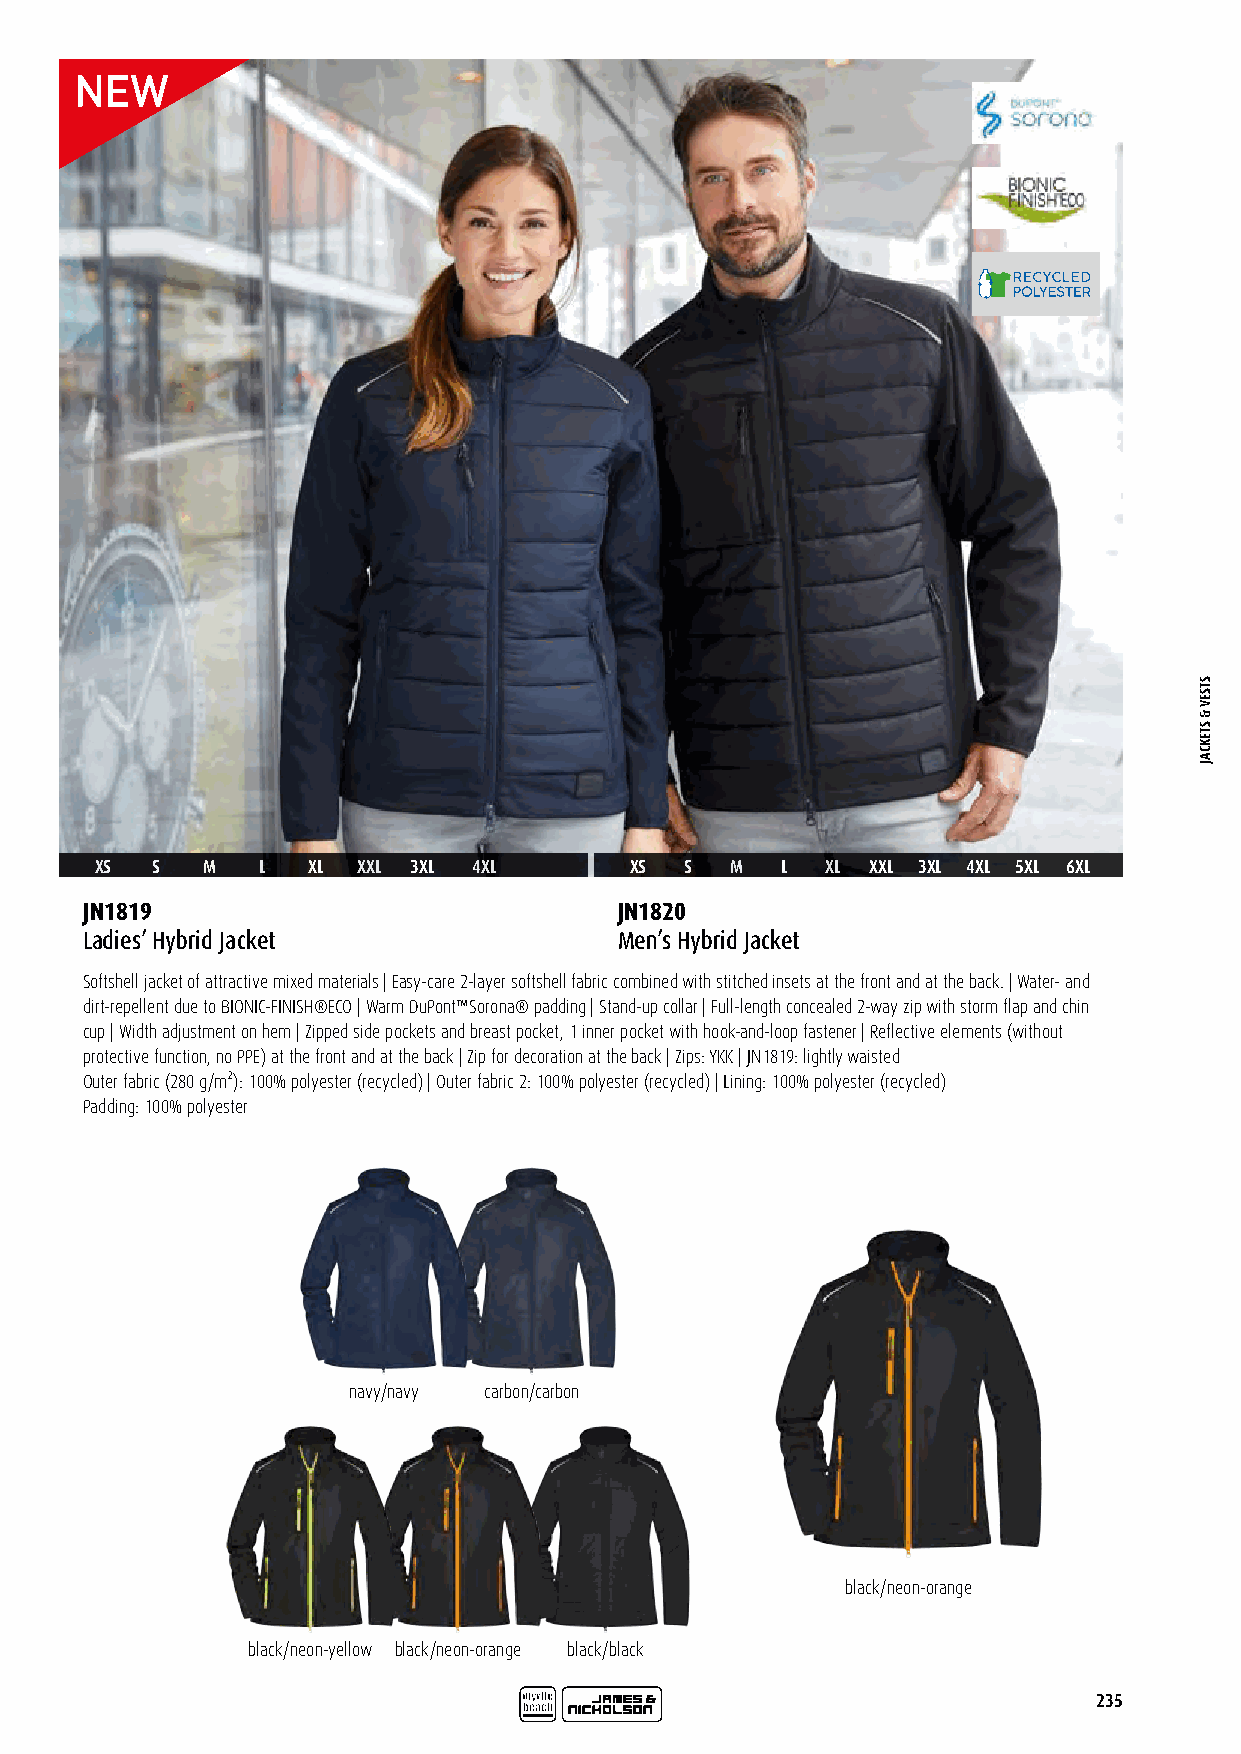
XS  S  M   L  XL  XXL 3XL 4XL       XS S  M   L  XL XXL 3XL 4XL 5XL 6XL
 JN1819                              JN1820
 Ladies’ Hybrid Jacket               Men’s Hybrid Jacket
 Softshell jacket of attractive mixed materials | Easy-care 2-layer softshell fabric combined with stitched insets at the front and at the back. | Water- and
 dirt-repellent due to BIONIC-FINISH®ECO | Warm DuPont™Sorona® padding | Stand-up collar | Full-length concealed 2-way zip with storm flap and chin
 cup | Width adjustment on hem | Zipped side pockets and breast pocket, 1 inner pocket with hook-and-loop fastener | Reflective elements (without
 protective function, no PPE) at the front and at the back | Zip for decoration at the back | Zips: YKK | JN1819: lightly waisted
 Outer fabric (280 g/m²): 100% polyester (recycled) | Outer fabric 2: 100% polyester (recycled) | Lining: 100% polyester (recycled)
 Padding: 100% polyester
 navy/navy carbon/carbon
 black/neon-orange
 black/neon-yellow black/neon-orange black/black
 235
 STSEV
 &
 STEKCAJ